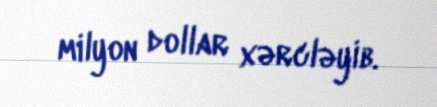
milyon dollar xərcləyib.